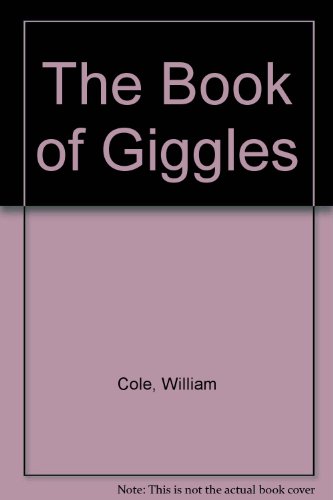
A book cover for The Book of Giggles; William Cole; Humor & Entertainment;